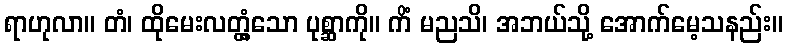
ရာဟုလာ။ တံ၊ ထိုမေးလတ္တံ့သော ပုစ္ဆာကို။ ကိံ မညသိ၊ အဘယ်သို့ အောက်မေ့သနည်း။